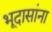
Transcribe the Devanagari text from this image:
भूदासांना